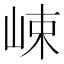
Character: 𡷽